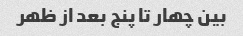
بین چهار تا پنج بعد از ظهر